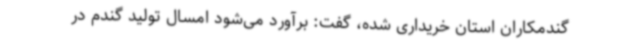
گندمکاران استان خریداری شده، گفت: برآورد می‌شود امسال تولید گندم در